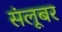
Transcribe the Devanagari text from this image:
संलूबर